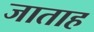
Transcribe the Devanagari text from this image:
जाताह